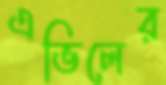
এভিলের